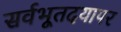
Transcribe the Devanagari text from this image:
सर्वभूतदयापर